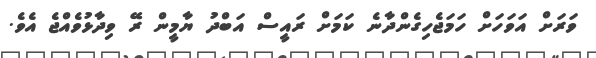
ވަރަށް އަވަހަށް ހަމަޖެހިގެންދާނެ ކަމަށް ރައީސް އަބްދު ޔާމީން ރޭ ވިދާޅުވެއްޖެ އެވެ.